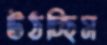
উঠচ্ছিস